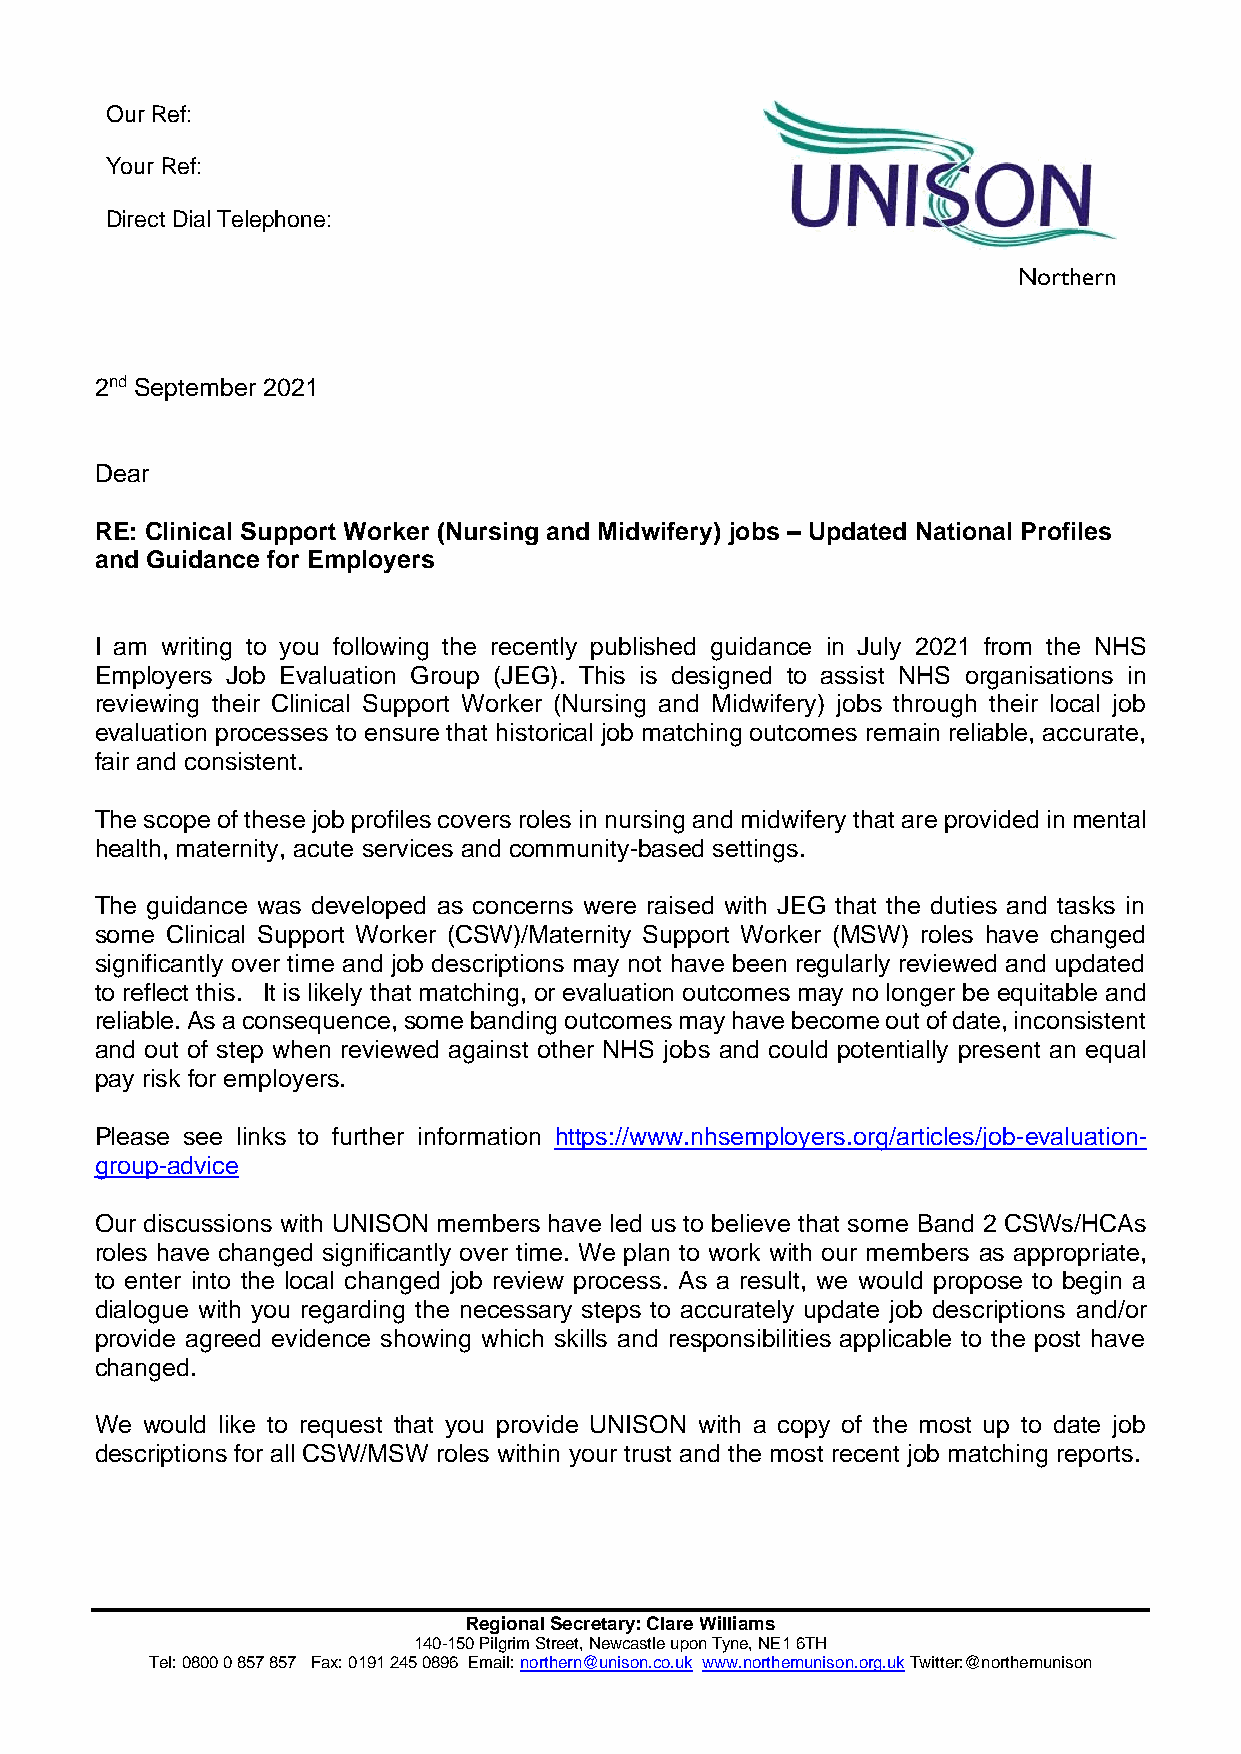
Our Ref:
 Your Ref:
 Direct Dial Telephone:
 Northern
 2nd September 2021
 Dear
 RE: Clinical Support Worker (Nursing and Midwifery) jobs – Updated National Profiles
 and Guidance for Employers
 I am writing to you following the recently published guidance in July 2021 from the NHS
 Employers Job Evaluation Group (JEG). This is designed to assist NHS organisations in
 reviewing their Clinical Support Worker (Nursing and Midwifery) jobs through their local job
 evaluation processes to ensure that historical job matching outcomes remain reliable, accurate,
 fair and consistent.
 The scope of these job profiles covers roles in nursing and midwifery that are provided in mental
 health, maternity, acute services and community-based settings.
 The guidance was developed as concerns were raised with JEG that the duties and tasks in
 some Clinical Support Worker (CSW)/Maternity Support Worker (MSW) roles have changed
 significantly over time and job descriptions may not have been regularly reviewed and updated
 to reflect this. It is likely that matching, or evaluation outcomes may no longer be equitable and
 reliable. As a consequence, some banding outcomes may have become out of date, inconsistent
 and out of step when reviewed against other NHS jobs and could potentially present an equal
 pay risk for employers.
 Please see links to further information https://www.nhsemployers.org/articles/job-evaluation-
 group-advice
 Our discussions with UNISON members have led us to believe that some Band 2 CSWs/HCAs
 roles have changed significantly over time. We plan to work with our members as appropriate,
 to enter into the local changed job review process. As a result, we would propose to begin a
 dialogue with you regarding the necessary steps to accurately update job descriptions and/or
 provide agreed evidence showing which skills and responsibilities applicable to the post have
 changed.
 We would like to request that you provide UNISON with a copy of the most up to date job
 descriptions for all CSW/MSW roles within your trust and the most recent job matching reports.
 Regional Secretary: Clare Williams
 140-150 Pilgrim Street, Newcastle upon Tyne, NE1 6TH
 Tel: 0800 0 857 857 Fax: 0191 245 0896 Email: northern@unison.co.uk www.northernunison.org.uk Twitter:@northernunison